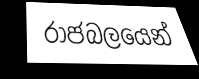
රාජබලයෙන්